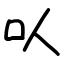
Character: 㕥